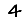
Digit: 4